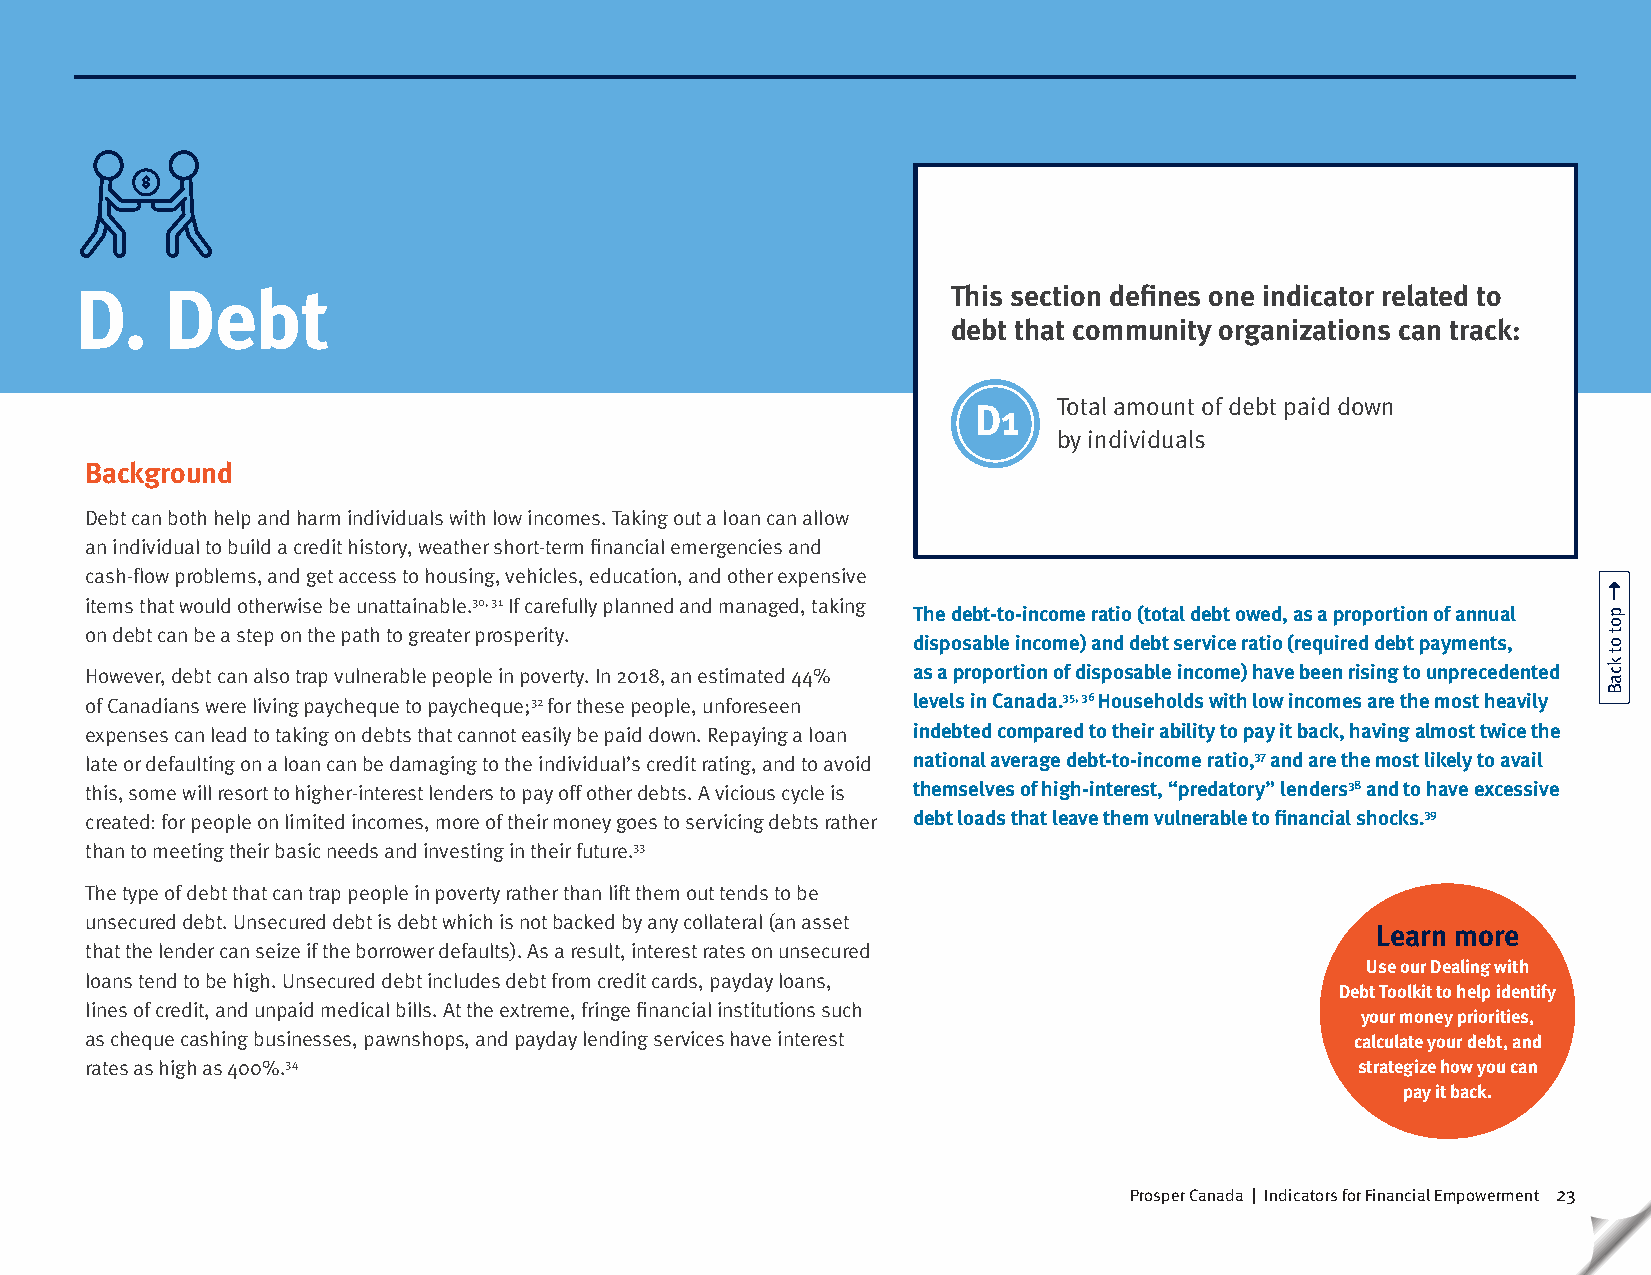
D.    Debt                                                This section defines one indicator related to
 debt that community organizations can track:
 Total amount of debt paid down
 D1
 by individuals
 Background
 Debt can both help and harm individuals with low incomes. Taking out a loan can allow
 an individual to build a credit history, weather short-term financial emergencies and
 cash-flow problems, and get access to housing, vehicles, education, and other expensive
 items that would otherwise be unattainable.30, 31 If carefully planned and managed, taking
 The debt-to-income ratio (total debt owed, as a proportion of annual
 on debt can be a step on the path to greater prosperity.
 disposable income) and debt service ratio (required debt payments,
 However, debt can also trap vulnerable people in poverty. In 2018, an estimated 44% as a proportion of disposable income) have been rising to unprecedented
 of Canadians were living paycheque to paycheque;32 for these people, unforeseen levels in Canada.35, 36 Households with low incomes are the most heavily
 expenses can lead to taking on debts that cannot easily be paid down. Repaying a loan indebted compared to their ability to pay it back, having almost twice the
 late or defaulting on a loan can be damaging to the individual’s credit rating, and to avoid national average debt-to-income ratio,37 and are the most likely to avail
 this, some will resort to higher-interest lenders to pay off other debts. A vicious cycle is themselves of high-interest, “predatory” lenders38 and to have excessive
 created: for people on limited incomes, more of their money goes to servicing debts rather debt loads that leave them vulnerable to financial shocks.39
 than to meeting their basic needs and investing in their future.33
 The type of debt that can trap people in poverty rather than lift them out tends to be
 unsecured debt. Unsecured debt is debt which is not backed by any collateral (an asset
 Learn more
 that the lender can seize if the borrower defaults). As a result, interest rates on unsecured
 Use our Dealing with
 loans tend to be high. Unsecured debt includes debt from credit cards, payday loans,
 Debt Toolkit to help identify
 lines of credit, and unpaid medical bills. At the extreme, fringe financial institutions such
 your money priorities,
 as cheque cashing businesses, pawnshops, and payday lending services have interest  calculate your debt, and
 rates as high as 400%.34                                                            strategize how you can
 pay it back.
 Prosper Canada | Indicators for Financial Empowerment 23
 pot
 ot
 kcaB